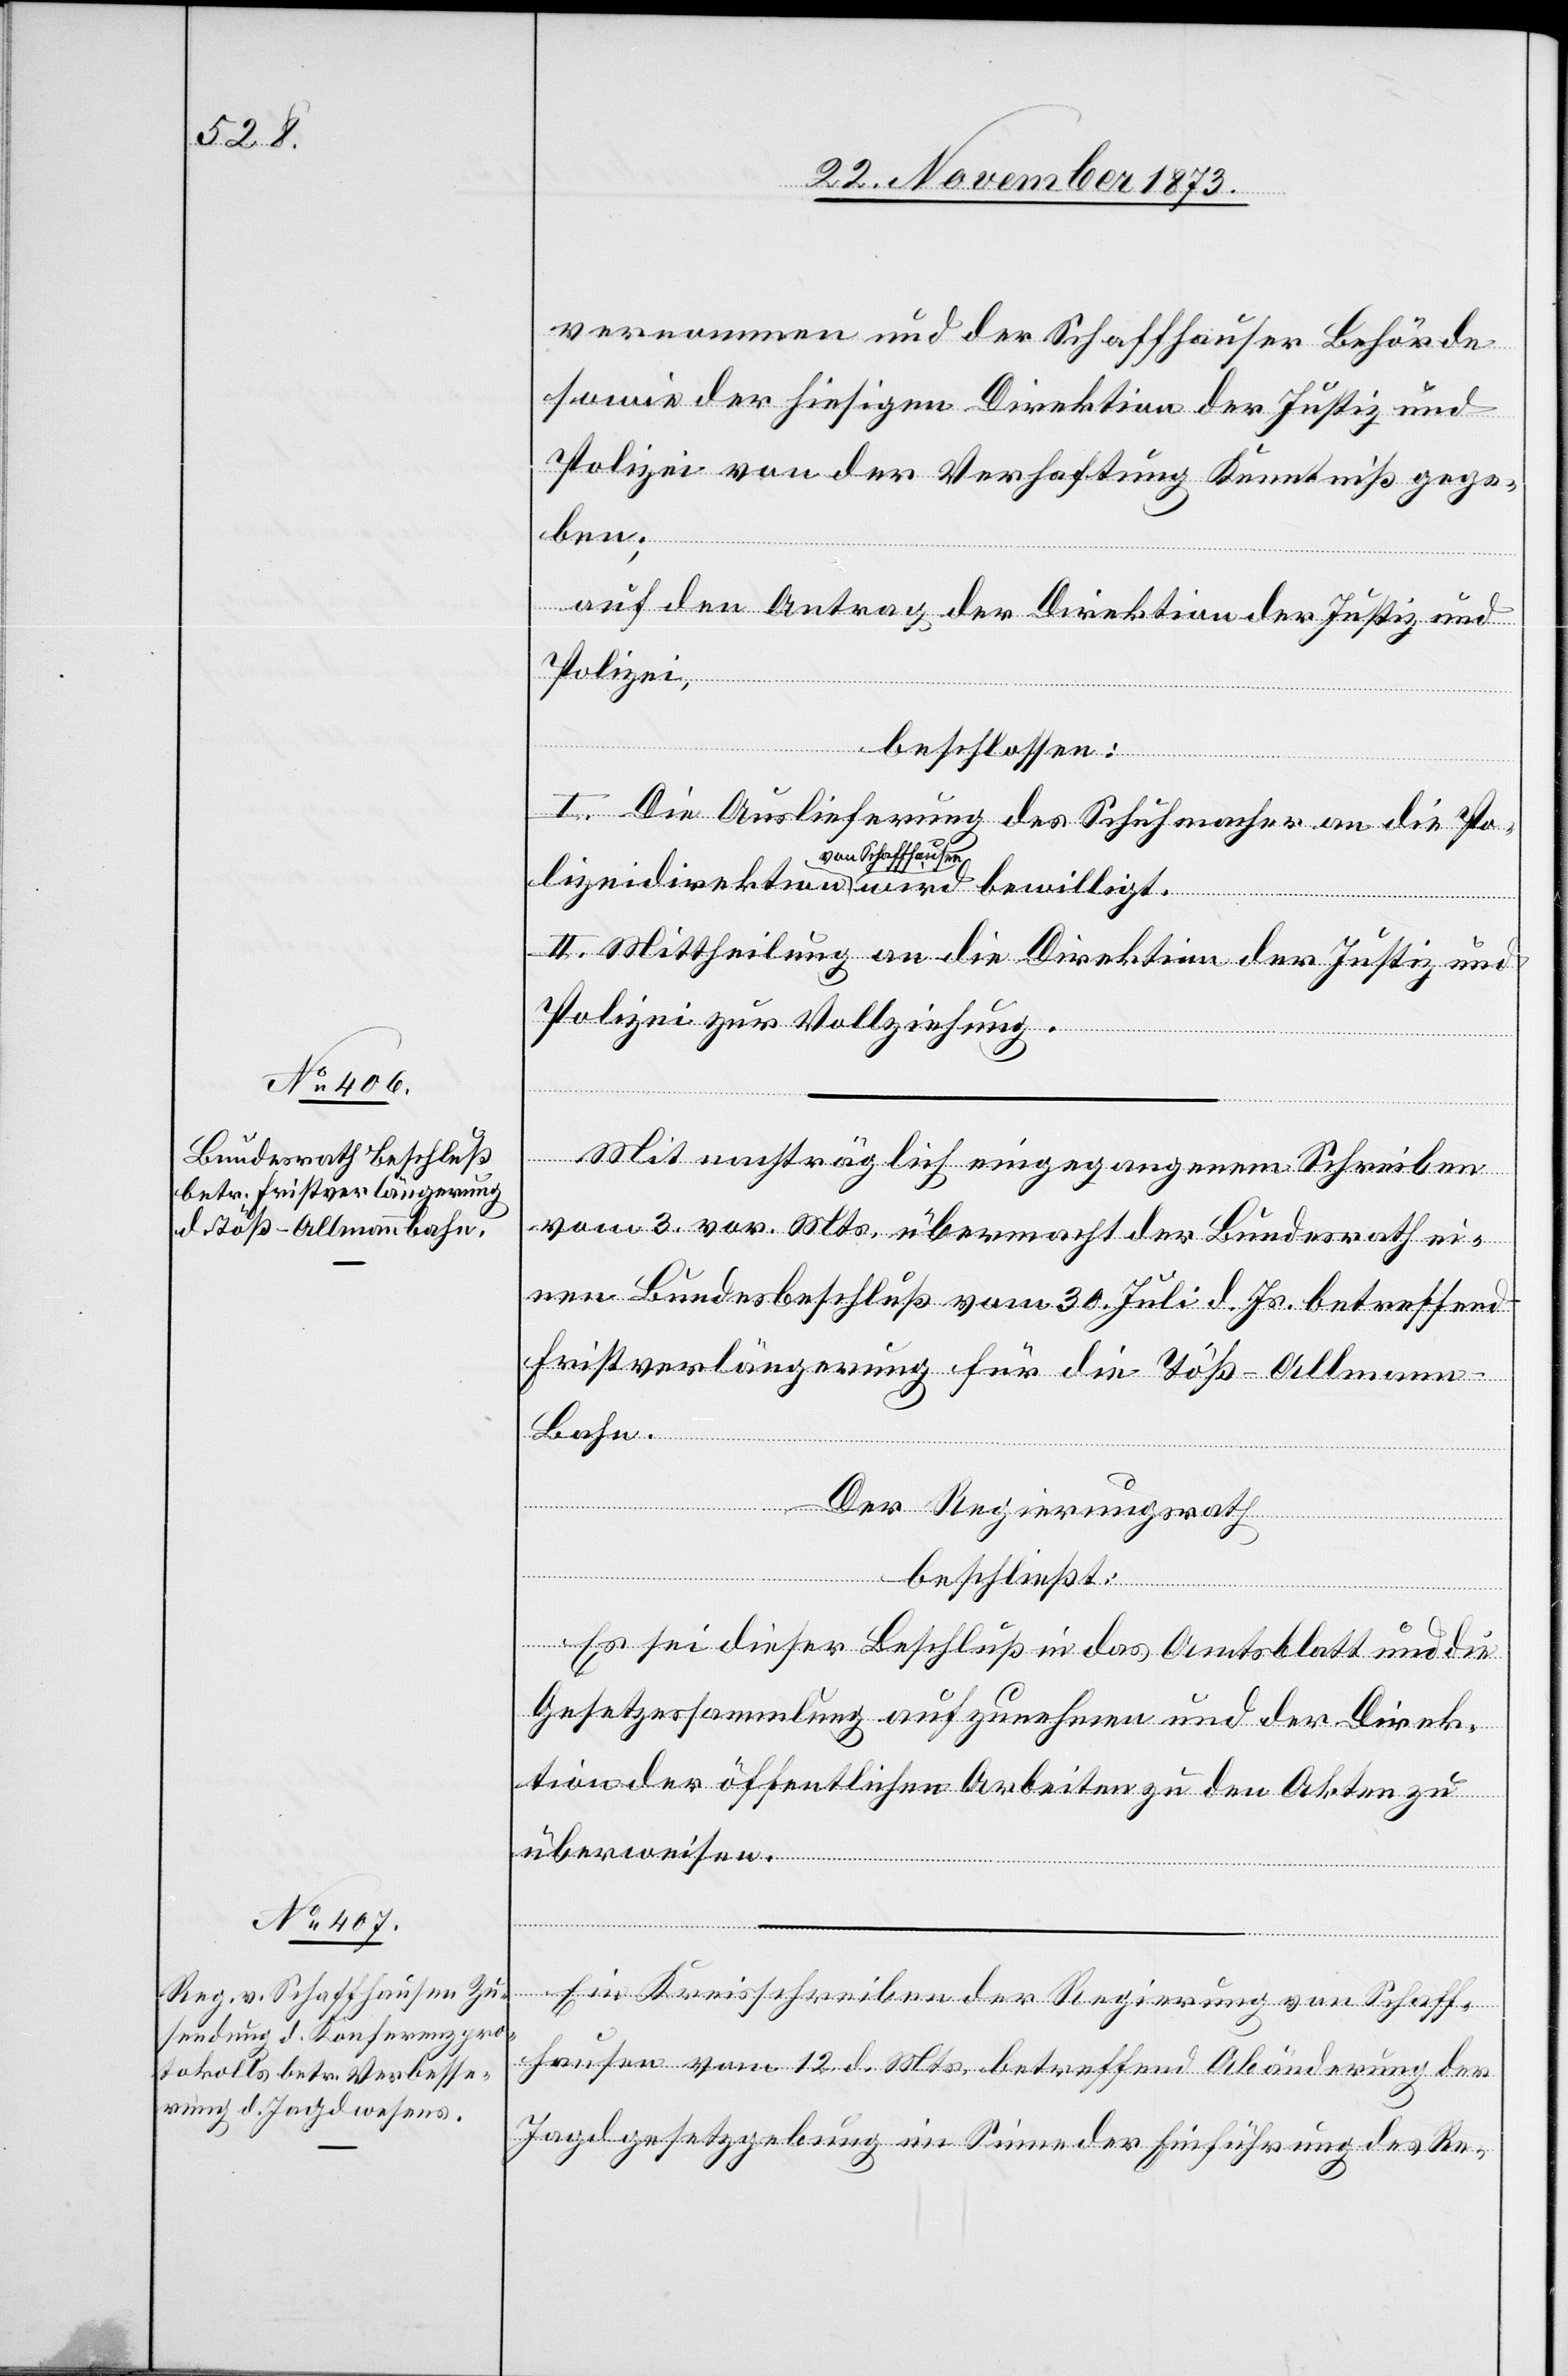
vernommen und der Schaffhauser Behörde
sowie der hiesigen Direktion der Justiz und
Polizei von der Verhaftung Kenntniß gege¬
ben;
auf den Antrag der Direktion der Justiz und
Polizei,
direk¬
beschlossen:
wird
I. Die Auslieferung des Schuhmacher an die Po¬
von Schaffhausen
II. Mittheilung an die Direktion der Justiz und
Polizei zur Vollziehung.
Mit nachträglich eingegangenem Schreiben
vom 3. vor. Mts. übermacht der Bundesrath ei¬
nen Bundesbeschluß vom 30. Juli d. Js. betreffend
Fristverlängerung für die Töß–Allman¬
n-Bahn.
Der Regierungsrath
beschließt:
Es sei dieser Beschluß in das Amtsblatt und die
Gesetzessammlung aufzunehmen und der Direk¬
tion der öffentlichen Arbeiten zu den Akten zu
überweisen.
Ein Kreisschreiben der Regierung von Schaff¬
hausen vom 12. d. Mts. betreffend Abänderung der
Jagdgesetzgebung im Sinne der Einführung des Re-